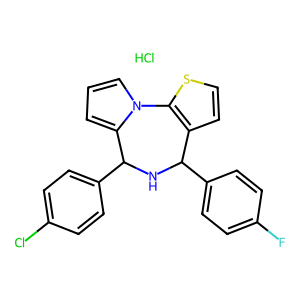
SMILES: Cl.Fc1ccc(C2NC(c3ccc(Cl)cc3)c3cccn3-c3sccc32)cc1
Inhibits HIV replication: No